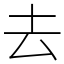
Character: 去